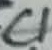
Text: C1